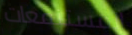
المستنقعات